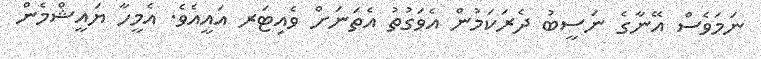
ނަމަވެސް އޭނާގެ ނަސީބު ދެރަކަމުން އެވަގުތު އެތަނަށް ވެއިޓަރ އައީއެވެ. އެމީހާ ޔައީޝްމެން